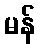
မန်